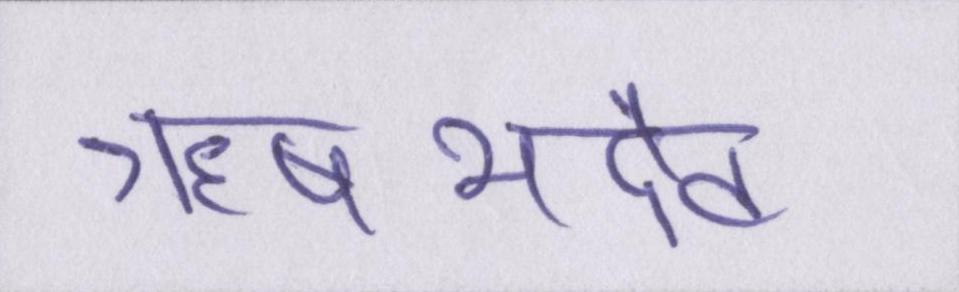
ऋषभदेव